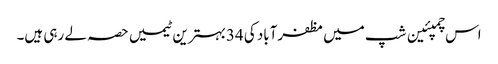
اس چمپئین شپ میں مظفرآباد کی 34بہترین ٹیمیں حصہ لے رہی ہیں۔